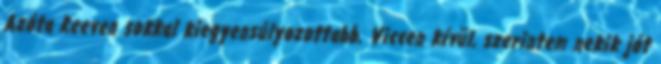
Azóta Reeven sokkal kiegyensúlyozottabb. Viccen kívül, szerintem nekik jót